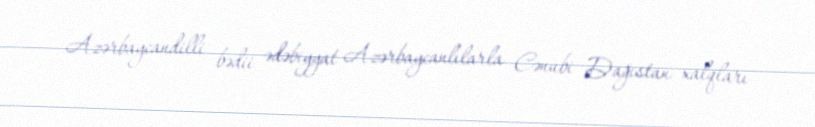
Azərbaycandilli bədii ədəbiyyat Azərbaycanlılarla Cənubi Dağıstan xalqları